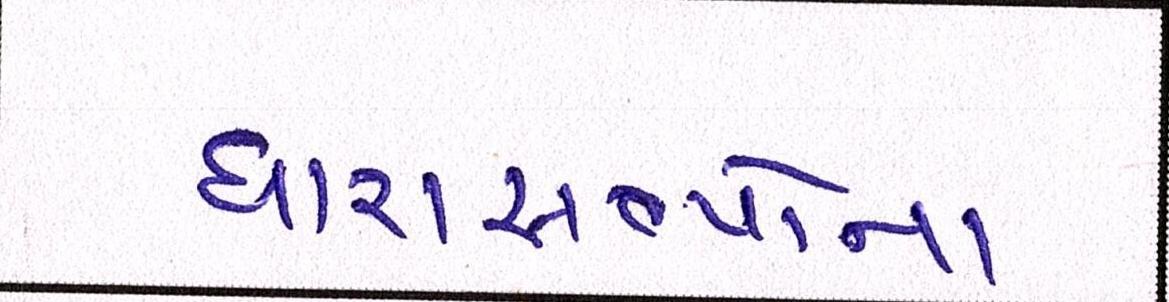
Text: ધારાસભ્યોના